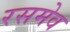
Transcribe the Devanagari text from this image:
रसमेव